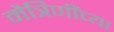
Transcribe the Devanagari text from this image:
मैत्रिणींच्या